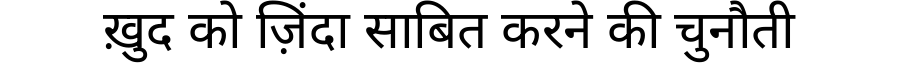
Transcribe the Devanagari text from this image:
ख़ुद को ज़िंदा साबित करने की चुनौती